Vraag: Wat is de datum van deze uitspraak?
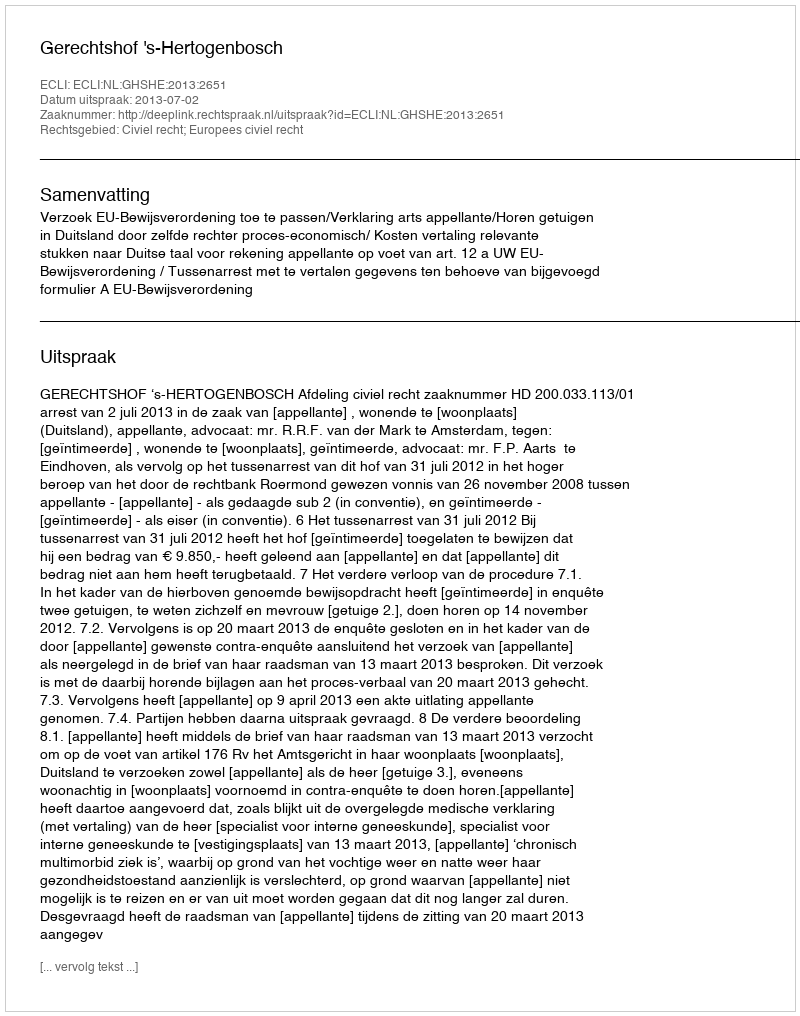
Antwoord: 2013-07-02